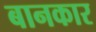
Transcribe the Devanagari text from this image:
बानकार